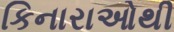
કિનારાઓથી